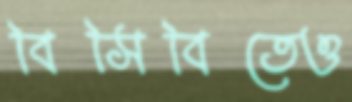
বিসিবিতেও